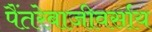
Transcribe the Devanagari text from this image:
पैंतरेबाजीवर्साय